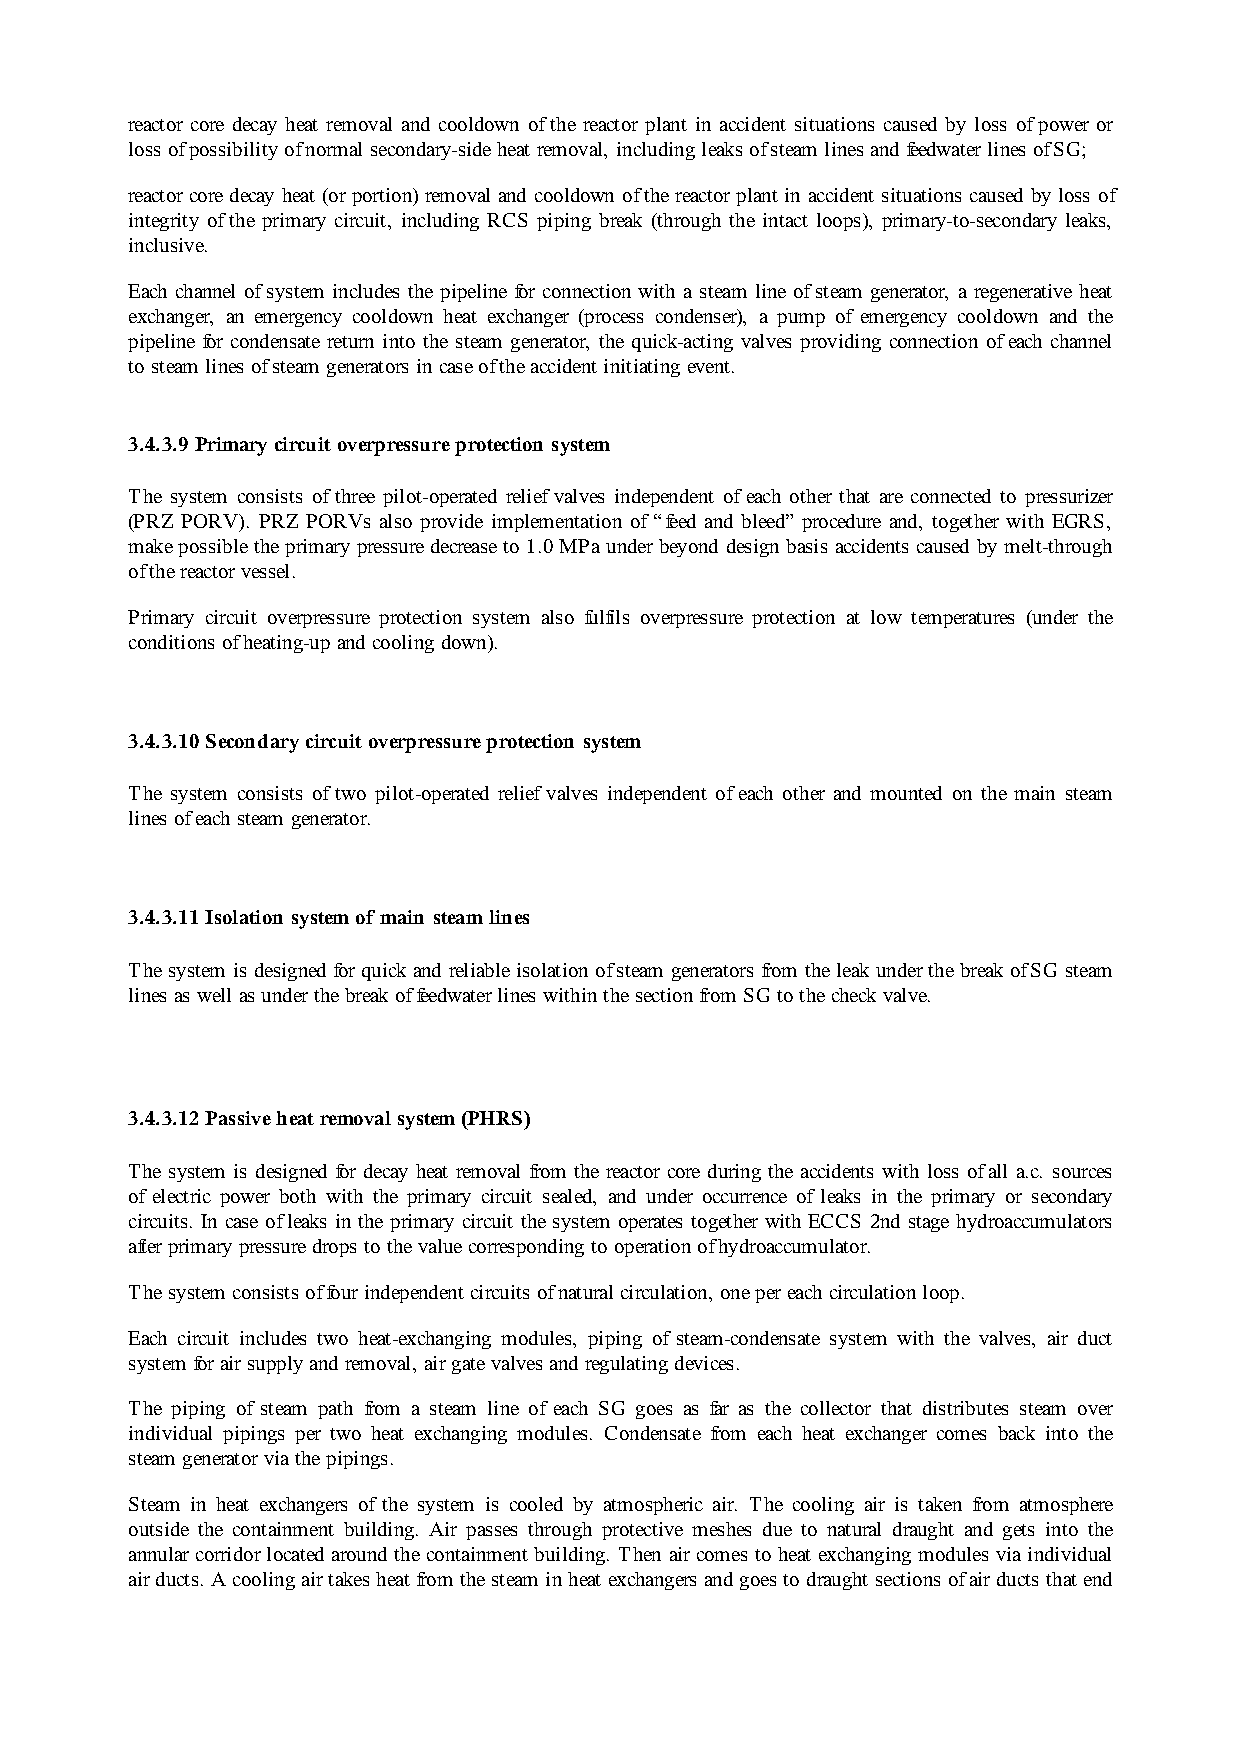
reactor core decay heat removal and cooldown of the reactor plant in accident situations caused by loss of power or
 loss of possibility of normal secondary-side heat removal, including leaks of steam lines and feedwater lines of SG;
 reactor core decay heat (or portion) removal and cooldown of the reactor plant in accident situations caused by loss of
 integrity of the primary circuit, including RCS piping break (through the intact loops), primary-to-secondary leaks,
 inclusive.
 Each channel of system includes the pipeline for connection with a steam line of steam generator, a regenerative heat
 exchanger, an emergency cooldown heat exchanger (process condenser), a pump of emergency cooldown and the
 pipeline for condensate return into the steam generator, the quick-acting valves providing connection of each channel
 to steam lines of steam generators in case of the accident initiating event.
 3.4.3.9 Primary circuit overpressure protection system
 The system consists of three pilot-operated relief valves independent of each other that are connected to pressurizer
 (PRZ PORV). PRZ PORVs also provide implementation of “feed and bleed” procedure and, together with EGRS,
 make possible the primary pressure decrease to 1.0 MPa under beyond design basis accidents caused by melt-through
 of the reactor vessel.
 Primary circuit overpressure protection system also fulfils overpressure protection at low temperatures (under the
 conditions of heating-up and cooling down).
 3.4.3.10 Secondary circuit overpressure protection system
 The system consists of two pilot-operated relief valves independent of each other and mounted on the main steam
 lines of each steam generator.
 3.4.3.11 Isolation system of main steam lines
 The system is designed for quick and reliable isolation of steam generators from the leak under the break of SG steam
 lines as well as under the break of feedwater lines within the section from SG to the check valve.
 3.4.3.12 Passive heat removal system (PHRS)
 The system is designed for decay heat removal from the reactor core during the accidents with loss of all a.c. sources
 of electric power both with the primary circuit sealed, and under occurrence of leaks in the primary or secondary
 circuits. In case of leaks in the primary circuit the system operates together with ECCS 2nd stage hydroaccumulators
 after primary pressure drops to the value corresponding to operation of hydroaccumulator.
 The system consists of four independent circuits of natural circulation, one per each circulation loop.
 Each circuit includes two heat-exchanging modules, piping of steam-condensate system with the valves, air duct
 system for air supply and removal, air gate valves and regulating devices.
 The piping of steam path from a steam line of each SG goes as far as the collector that distributes steam over
 individual pipings per two heat exchanging modules. Condensate from each heat exchanger comes back into the
 steam generator via the pipings.
 Steam in heat exchangers of the system is cooled by atmospheric air. The cooling air is taken from atmosphere
 outside the containment building. Air passes through protective meshes due to natural draught and gets into the
 annular corridor located around the containment building. Then air comes to heat exchanging modules via individual
 air ducts. A cooling air takes heat from the steam in heat exchangers and goes to draught sections of air ducts that end